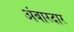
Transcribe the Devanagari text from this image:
अंबारदार